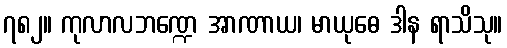
၇၈၂။ ကုလာလဘဏ္ဍေ အာဏာယ၊ မာယုဓေ ဒါန ရာသိသု။